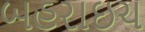
બહરાઇચ